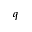
q